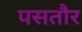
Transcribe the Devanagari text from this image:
पसतौर